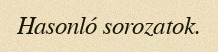
Hasonló sorozatok.